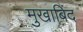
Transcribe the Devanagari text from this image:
मुखाबिंद